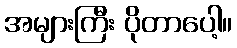
အများကြီး ပိုတာပေါ့။